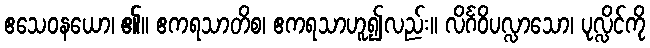
ဧသေဝနယော၊ ၏။ ဧကရသာတိစ၊ ဧကရသာဟူ၍လည်း။ လိင်္ဂဝိပလ္လာသော၊ ပုလ္လိင်ကို